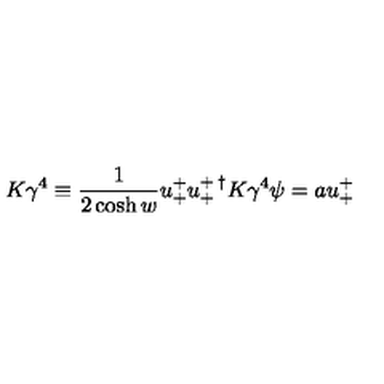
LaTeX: K \gamma ^ { 4 } \equiv \frac { 1 } { 2 \cosh { w } } u _ { + } ^ { + } u _ { + } ^ { + \: \dagger } K \gamma ^ { 4 } \psi = a u _ { + } ^ { + }